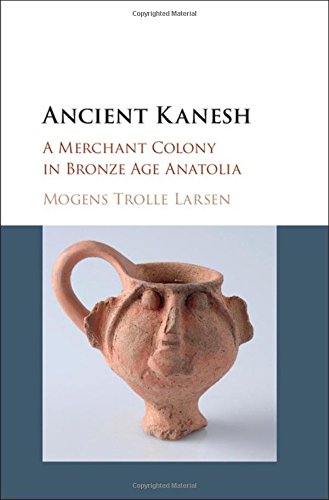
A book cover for Ancient Kanesh: A Merchant Colony in Bronze Age Anatolia; Mogens Trolle Larsen; Science & Math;